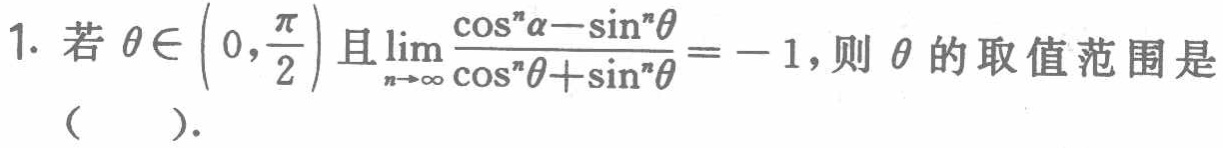
1. 若$\theta\in\left(0,\frac{\pi}{2}\right)$且$\lim_{n\rightarrow\infty}\frac{\cos^{n}\alpha-\sin^{n}\theta}{\cos^{n}\theta+\sin^{n}\theta}=-1$，则$\theta$的取值范围是（  ）.